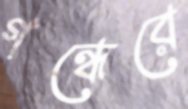
গন্ধেরে